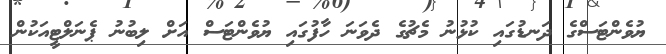
ޔުވެންޓަސްގެ ދަނޑުގައި ކުޅުނު މެޗުގެ ދެވަނަ ހާފުގައި ޔުވެންޓަސް އަށް ލިބުނު ޕެނަލްޓީއަކުން